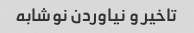
تاخیر و نیاوردن نوشابه